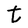
Character: t